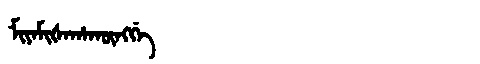
Manchu: ᠮᡳᠶᠠᠮᡳᡧᠠᡥᠠᡴᡡᠩᡤᡝ
Romanization: MIYAMIŠAHAKŪNGGE